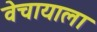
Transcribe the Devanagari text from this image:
वेचायाला